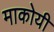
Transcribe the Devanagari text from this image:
माकोयी